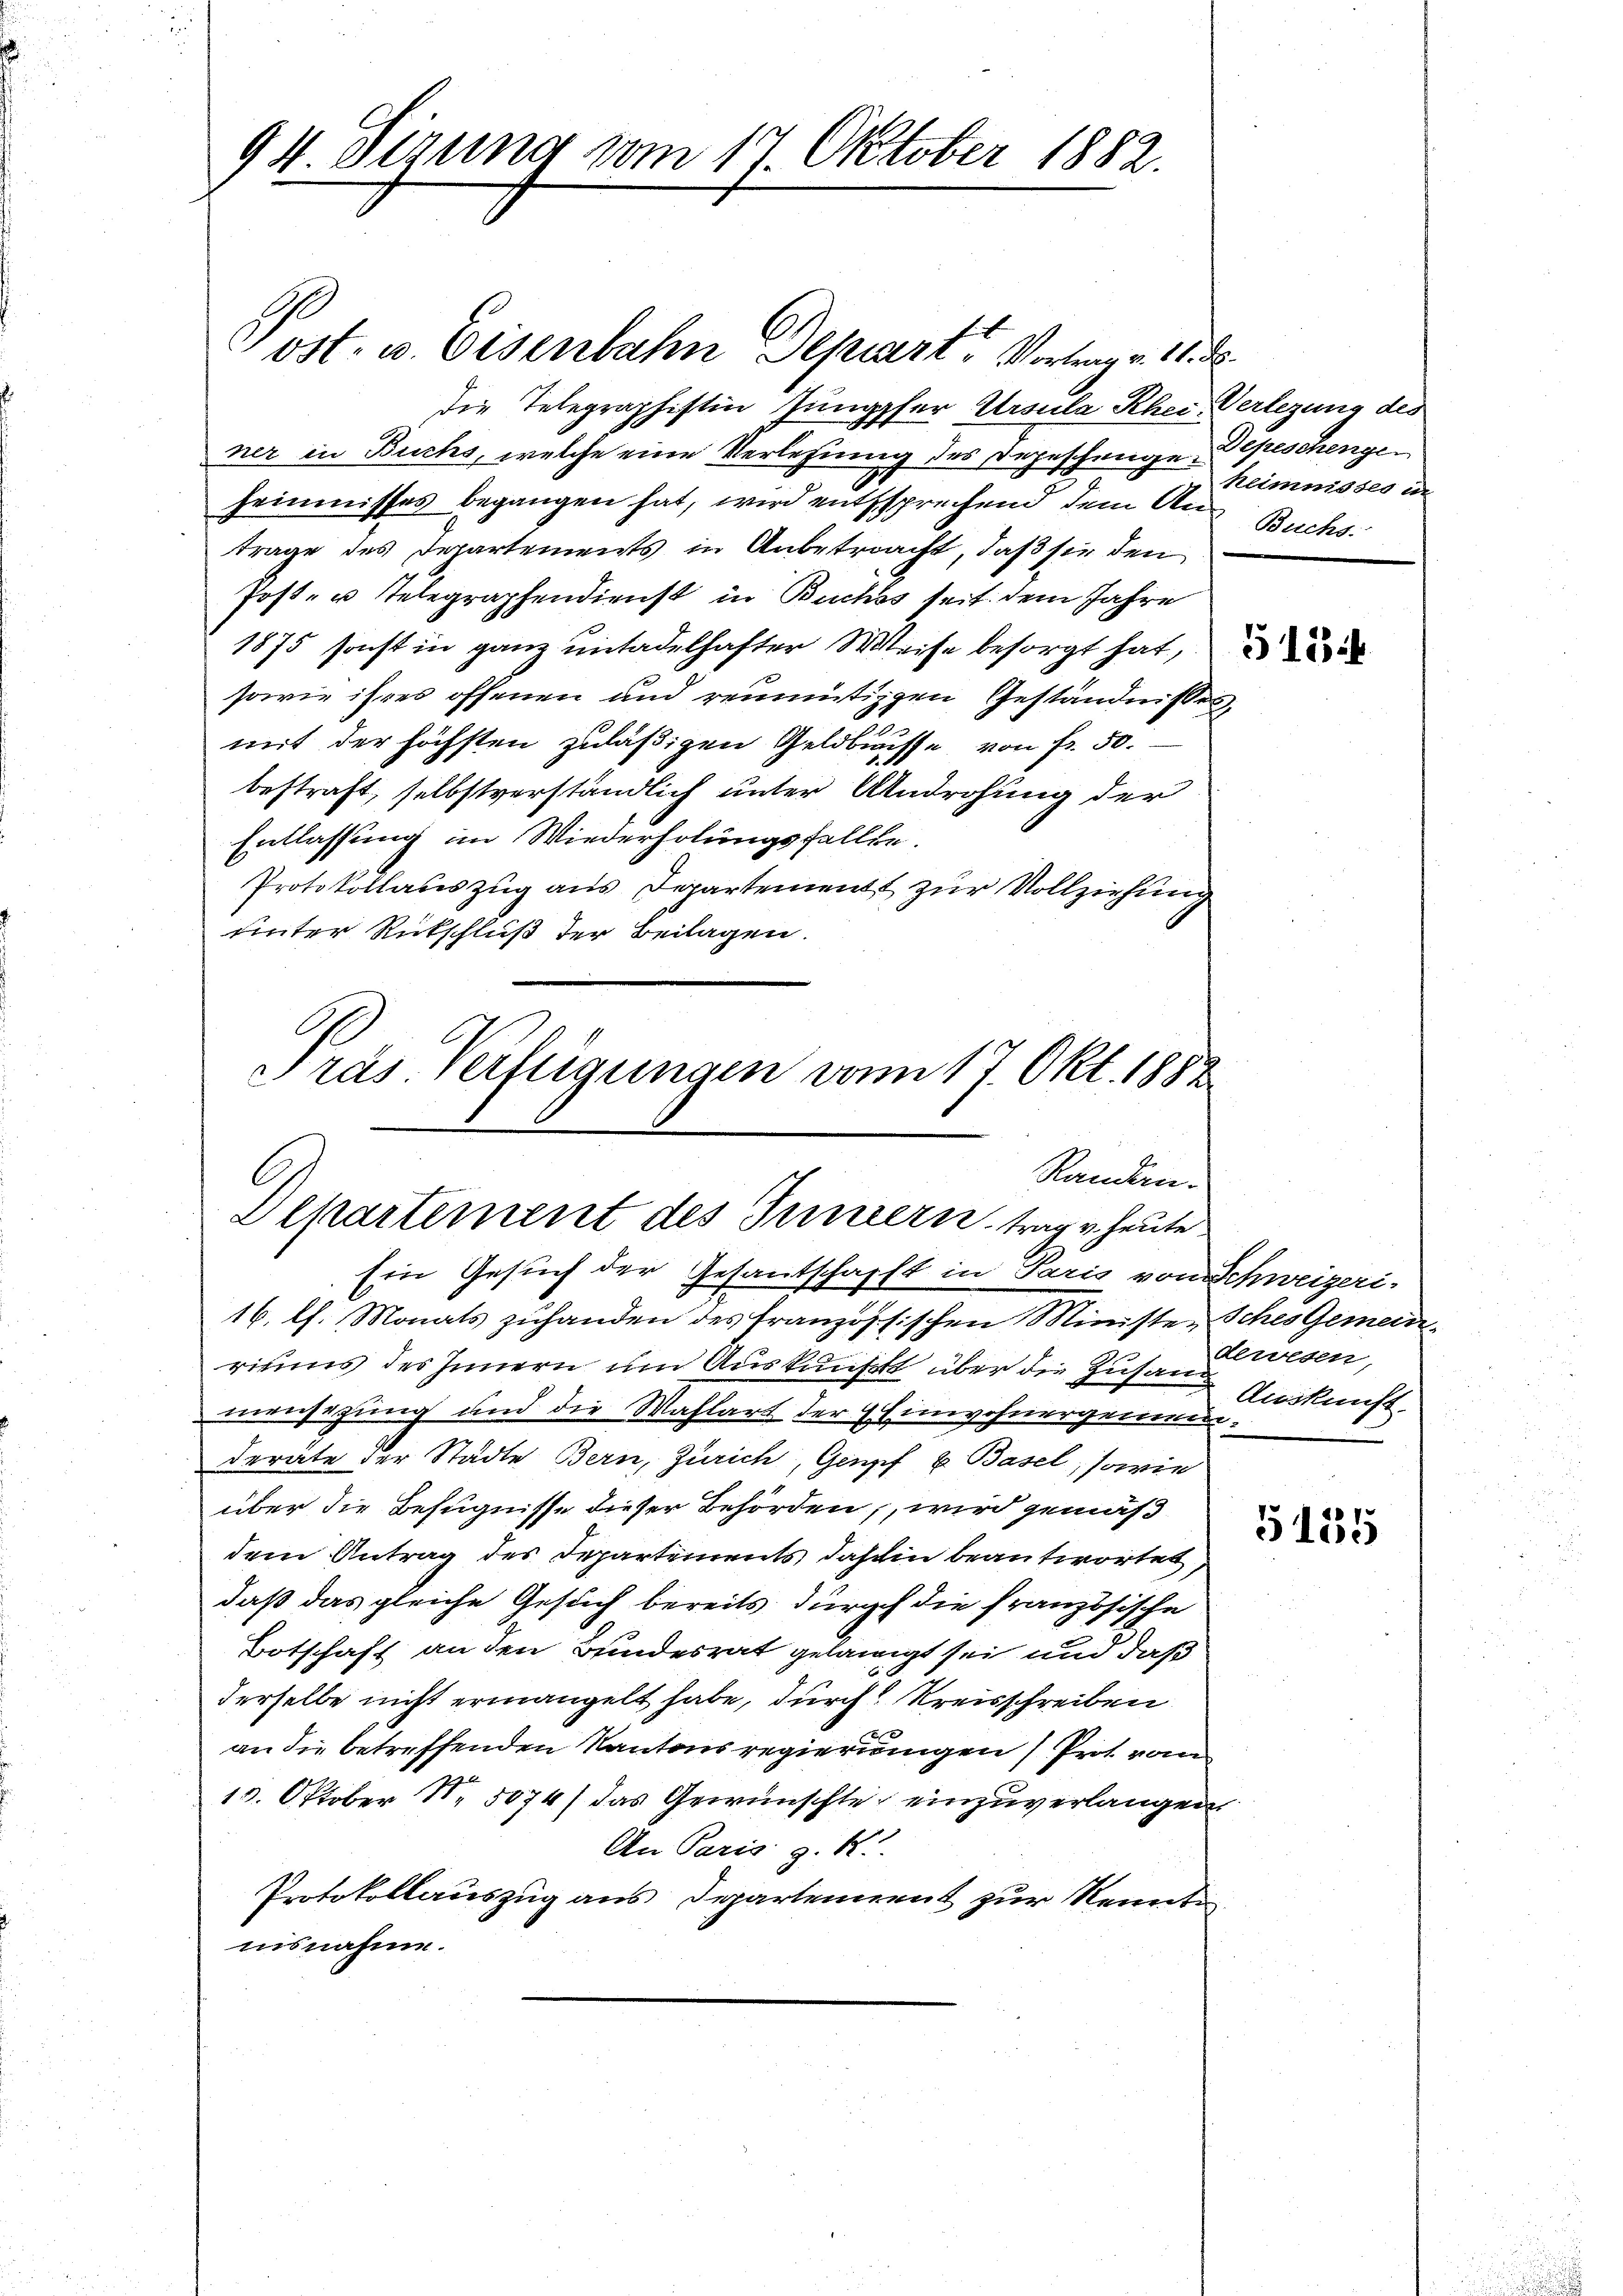
94 Sizung vom 17. Oktober 1882.

ost- u. Eisenbahn Depart, Vortrag v. 11. d.
die Telegraphistin Jungpfer Ursula Rhei- Verlegung des
ner in Buchs, welche eine Verlesung des Depeschenge Depeschengeheimnisses begangen hat, wird entssprechend dem Aus Buchs
trage des Departements in Anbetracht, daß sie den
Post- u Telegraphendienst in Buchss seit dem Jahre
1875 sonst in ganz untadelhafter Weise besorgt hat,
sowie ihres offenen und reumütigen Geständnisses,
mit der höchsten zuläßigen Geldbusse von fr. 50.
bestraft, selbstverständlich unter Androhung der
Entlassung im Wiederholungsfallte
Protokollateszug aus Departement zur Vollziehung
unter Rückschluß der Beilagen.
Pras Verfügungen vom 17. Okt. 1882

l
Randan-
Departement des Innern, trage heute.

Ein Gesuch der Gesandtschafft in Paris von Schweizeri-
16. l. Monats zuhanden des französischen Ministe Sches Gemeinriums des Innern um Auskunft über die Zusam
mensezung und die Wahlart der Einwohnergemeinderäte der Städte Bern, Zürich, Genf u. Basel, sowie
über die Befugnisse dieser Behörden, wird gemäß
dem Antrag des Departements dahin beantwortet,
daß das gleiche Gesuch bereits durch die französische
Botschaft an den Bundesrat gelangt sei und daß
derselbe nicht ermangelt habe, durch Kreisschreiben
an die betreffenden Kantonsregierungen Prot. von
15. Oktober N. 5074/ das Gewünschte einzuverlangen.
An Paris z. R.
Protokollauszug aus Departement zur Kennte
nisnahme.

heimnisses in

dewesen,
Auskunft.

5155